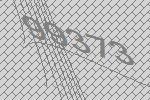
99373